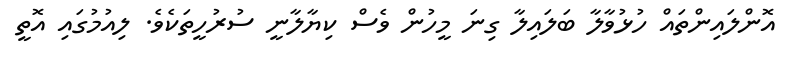
އޮންލައިންތައް ހުޅުވާލާ ބަލައިލާ ގިނަ މީހުން ވެސް ކިޔާލާނީ ސުރުހީތަކެވެ. ލިއުމުގައި އޮތީ